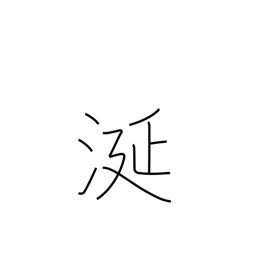
Meaning: slobber